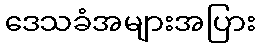
ဒေသခံအများအပြား